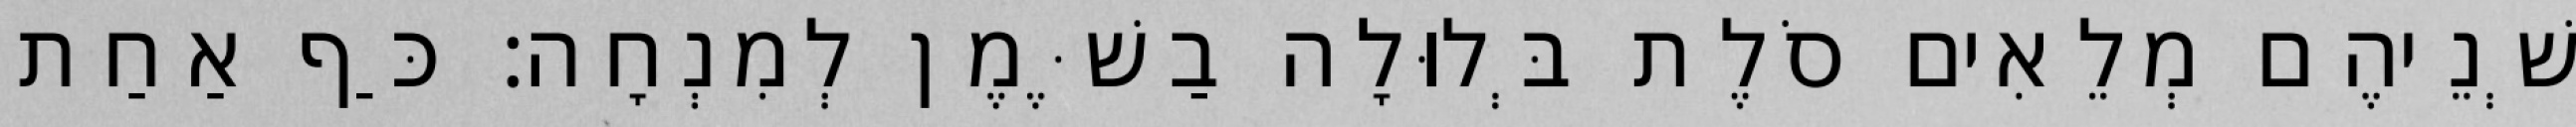
שְׁנֵיהֶם מְלֵאִים סֹלֶת בְּלוּלָה בַשֶּׁמֶן לְמִנְחָה׃ כַּף אַחַת